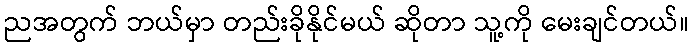
ညအတွက် ဘယ်မှာ တည်းခိုနိုင်မယ် ဆိုတာ သူ့ကို မေးချင်တယ်။